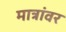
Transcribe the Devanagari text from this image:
मात्रांवर